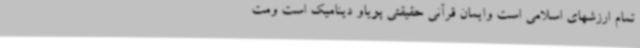
تمام ارزشهای اسلامی است وایمان قرآنی حقیقتی پویاو دینامیک است ومت